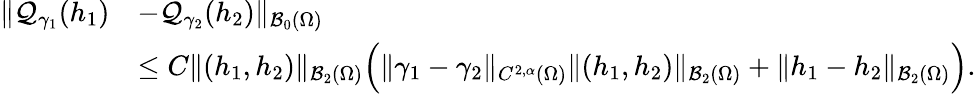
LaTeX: \begin{array}{rl}{\| \mathcal Q_{\gamma_{1}}(h_{1})}&{-\mathcal Q_{\gamma_{2}}(h_{2})\| _{\mathcal B_{0}(\Omega)}}\\ &{\leq C\| (h_{1},h_{2})\| _{\mathcal B_{2}(\Omega)}\Big(\| \gamma_{1}-\gamma_{2}\| _{C^{2,\alpha}(\Omega)}\| (h_{1},h_{2})\| _{\mathcal B_{2}(\Omega)}+\| h_{1}-h_{2}\| _{\mathcal B_{2}(\Omega)}\Big).}\end{array}